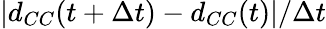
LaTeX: |d_{CC}(t+\Delta t)-d_{CC}(t)|/\Delta t